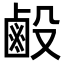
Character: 𪉘